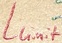
Text: Llimit